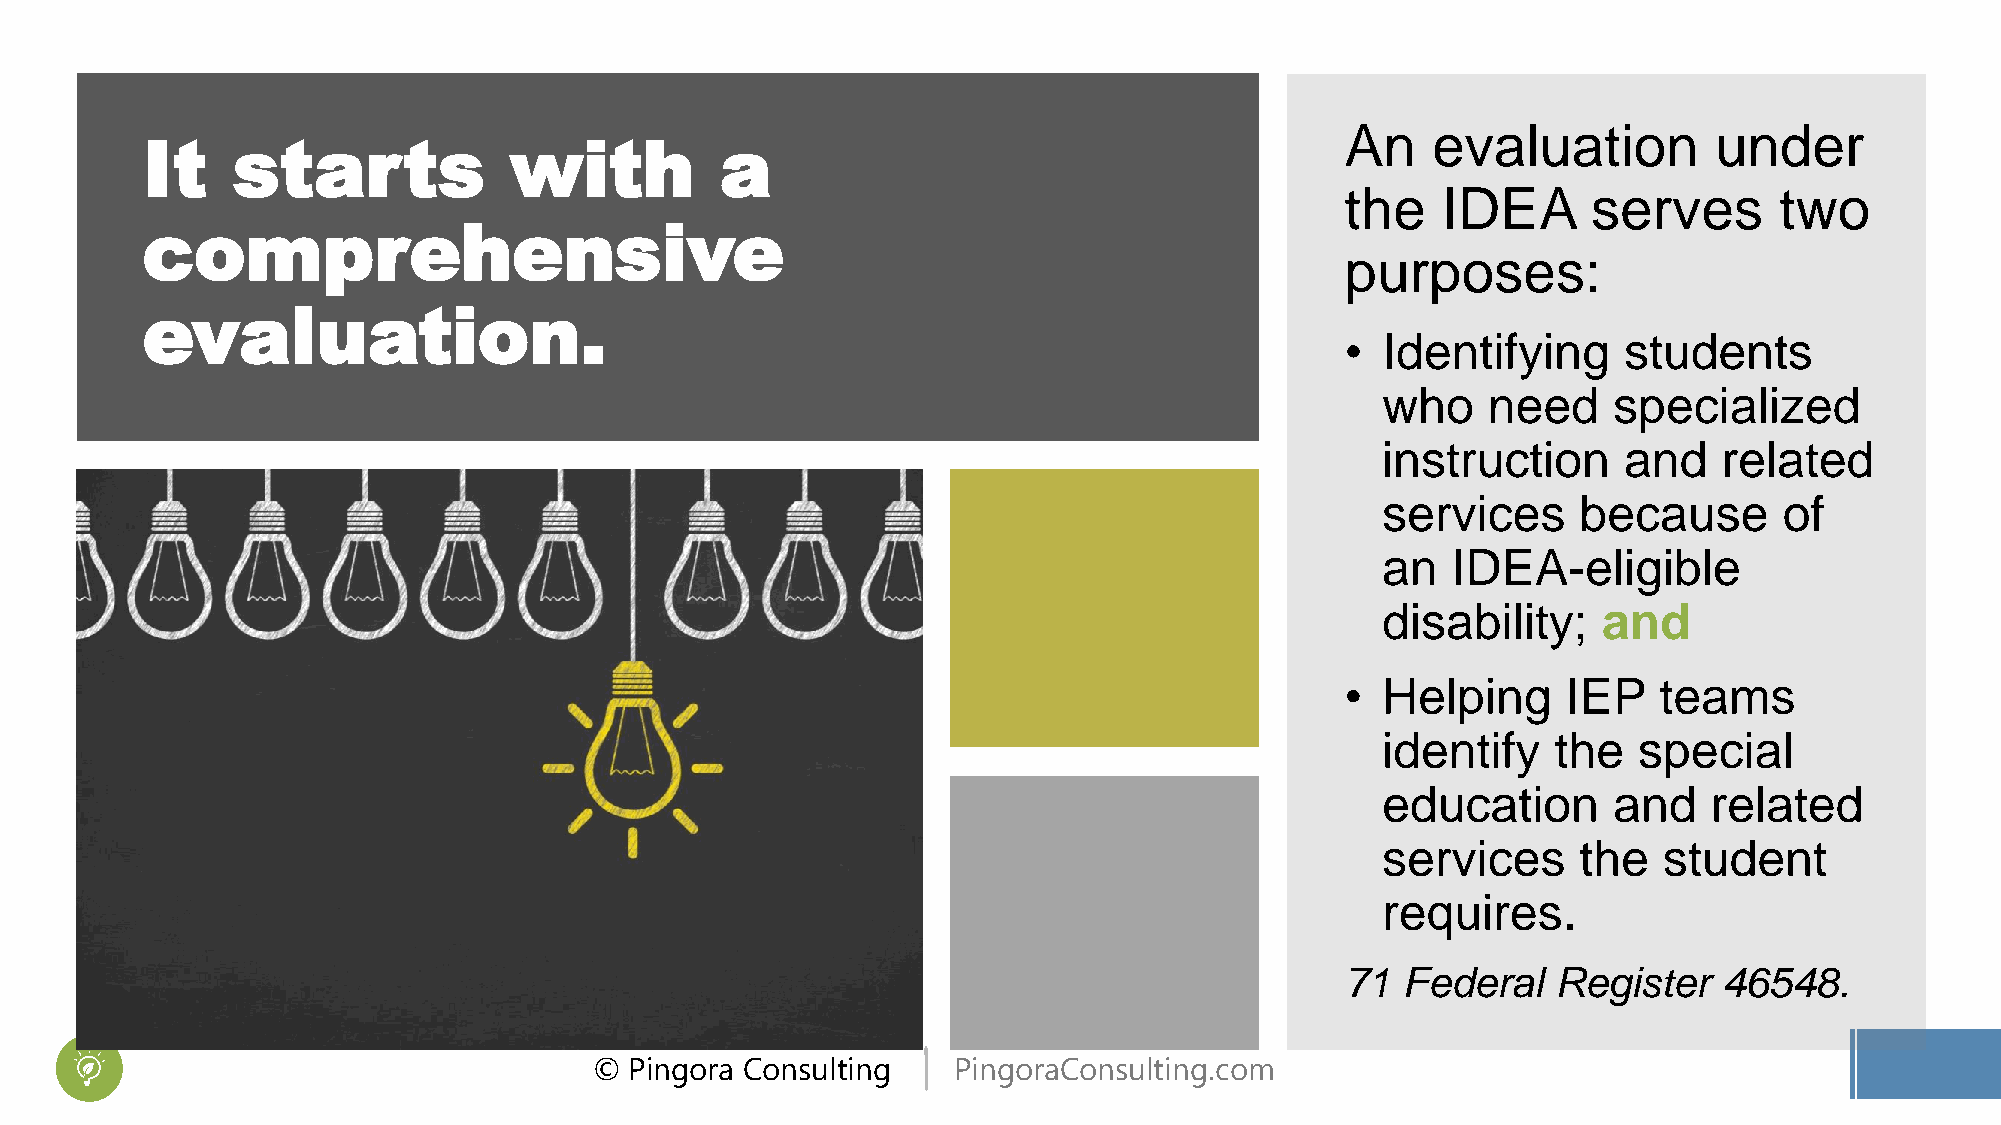
An    evaluation        under
 It    starts             with          a
 the   IDEA      serves       two
 comprehensive
 purposes:
 evaluation.
 • Identifying     students
 who    need     specialized
 instruction     and    related
 services      because      of
 an   IDEA-eligible
 disability;    and
 • Helping      IEP   teams
 identify    the  special
 education       and   related
 services      the  student
 requires.
 71  Federal   Register   46548.
 ©  Pingora Consulting   PingoraConsulting.com